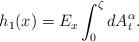
LaTeX: \begin{align*}h_{1}(x)=E_{x}\int_{0}^{\zeta}dA_{t}^{\alpha}.\end{align*}